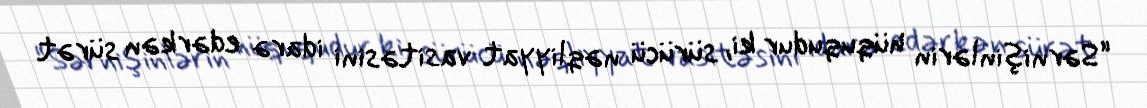
“Sərnişinlərin hüququdur ki, sürücü nəqliyyat vasitəsini idarə edərkən sürət